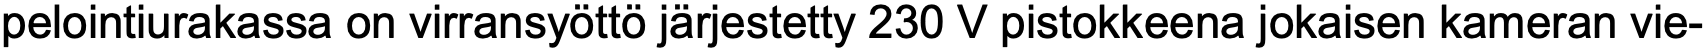
pelointiurakassa on virransyöttö järjestetty 230 V pistokkeena jokaisen kameran vie-